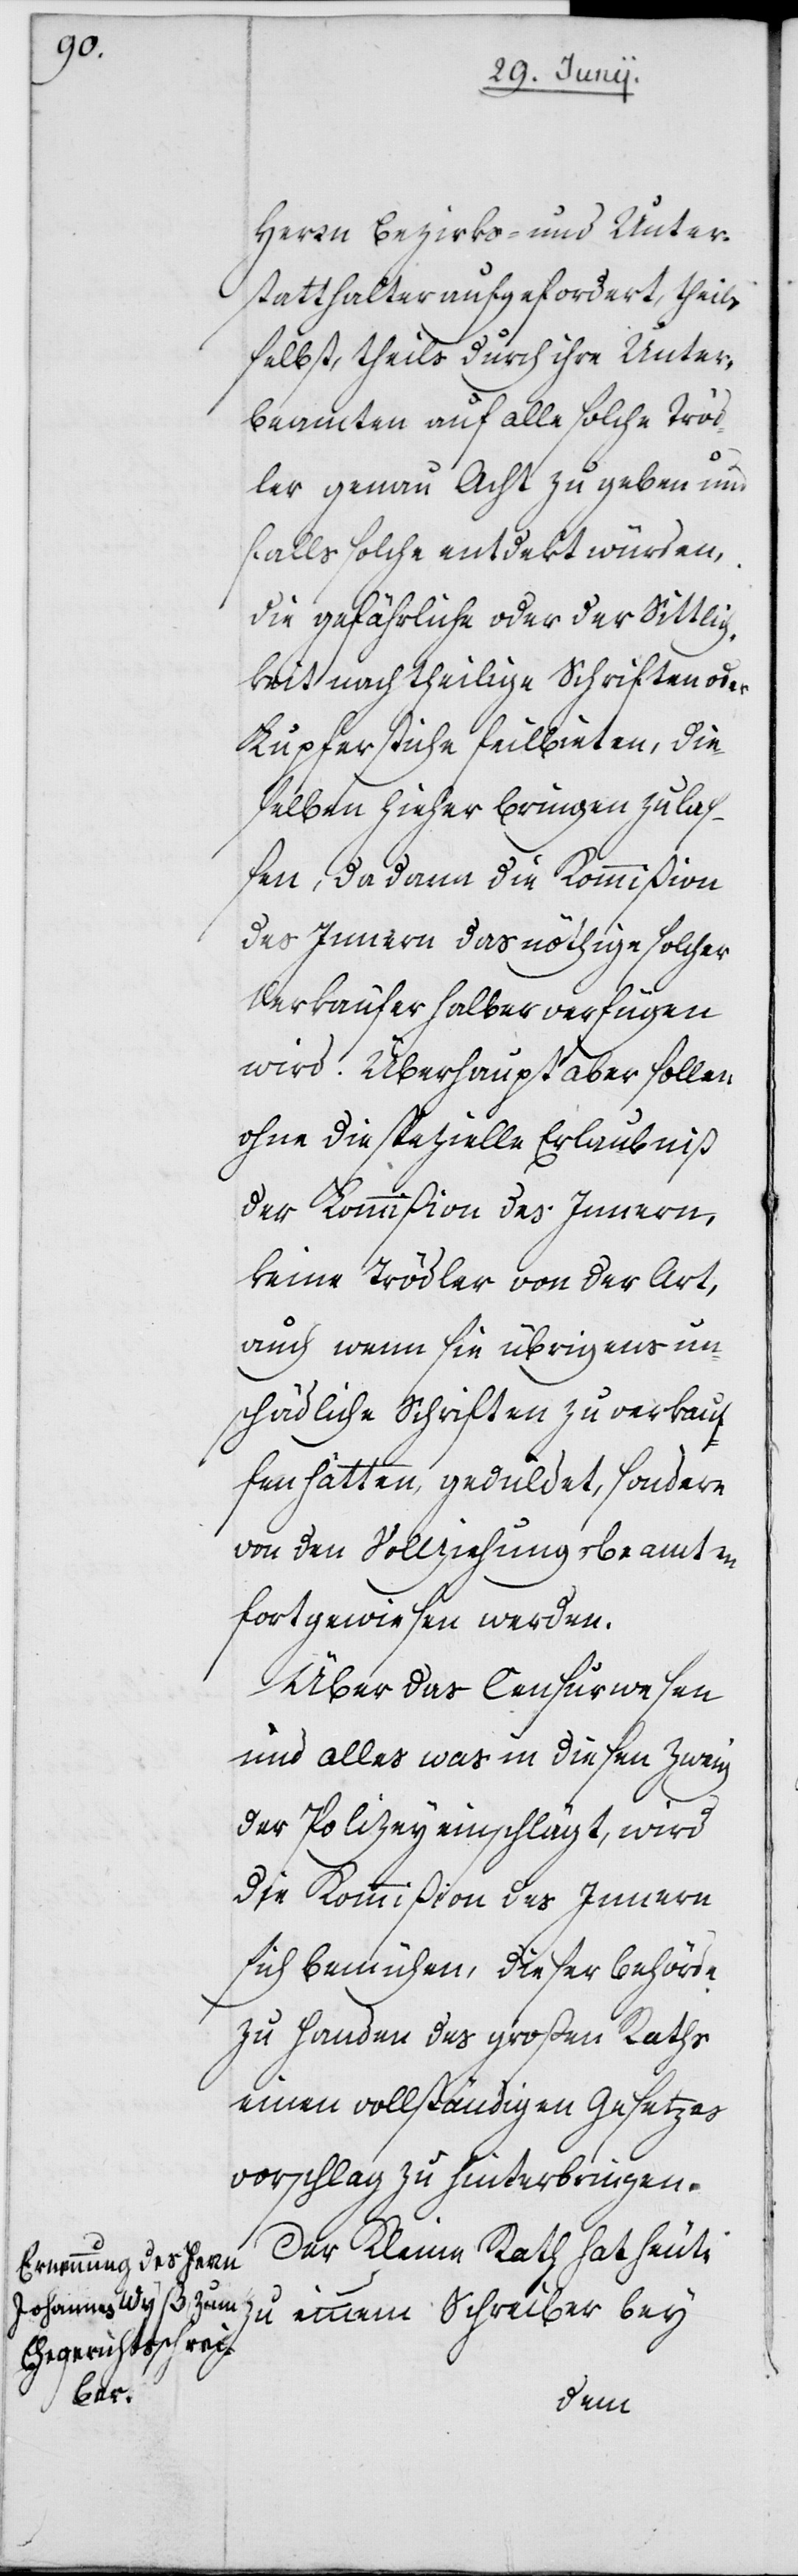
Herrn Bezirks- und Unter¬
statthalter aufgefordert theils
selbst, theils durch ihre Unter¬
beamten auf alle solche Tröd¬
ler genau Acht zu geben und
falls solche entdekt würden,
die gefährliche oder der Sittlich¬
keit nachtheilige Schriften oder
Kupferstiche feilbieten, die¬
selben hieher bringen zu laß¬
en, da dann die Kommißion
des Innern das nöthige solcher
Verkäufer halber verfügen
wird. Überhaupt aber sollen
ohne die spezielle Erlaubniß
der Kommißion des Innern,
keine Trödler von der Art,
auch wenn sie übrigens un¬
schädliche Schriften zu verkauf¬
fen hätten, geduldet, sondern
von den Vollziehungsbeamten
fortgewiesen werden.
Über das Censurwesen
und alles was in diesen Zweig
der Polizey einschlägt, wird
die Kommißion des Innern
sich bemühen, dieser Behörde
zu Handen des großen Raths
einen vollständigen Gesetzes¬
vorschlag zu hinterbringen.
Der Kleine Rath hat heute
zu einem Schreiber bey